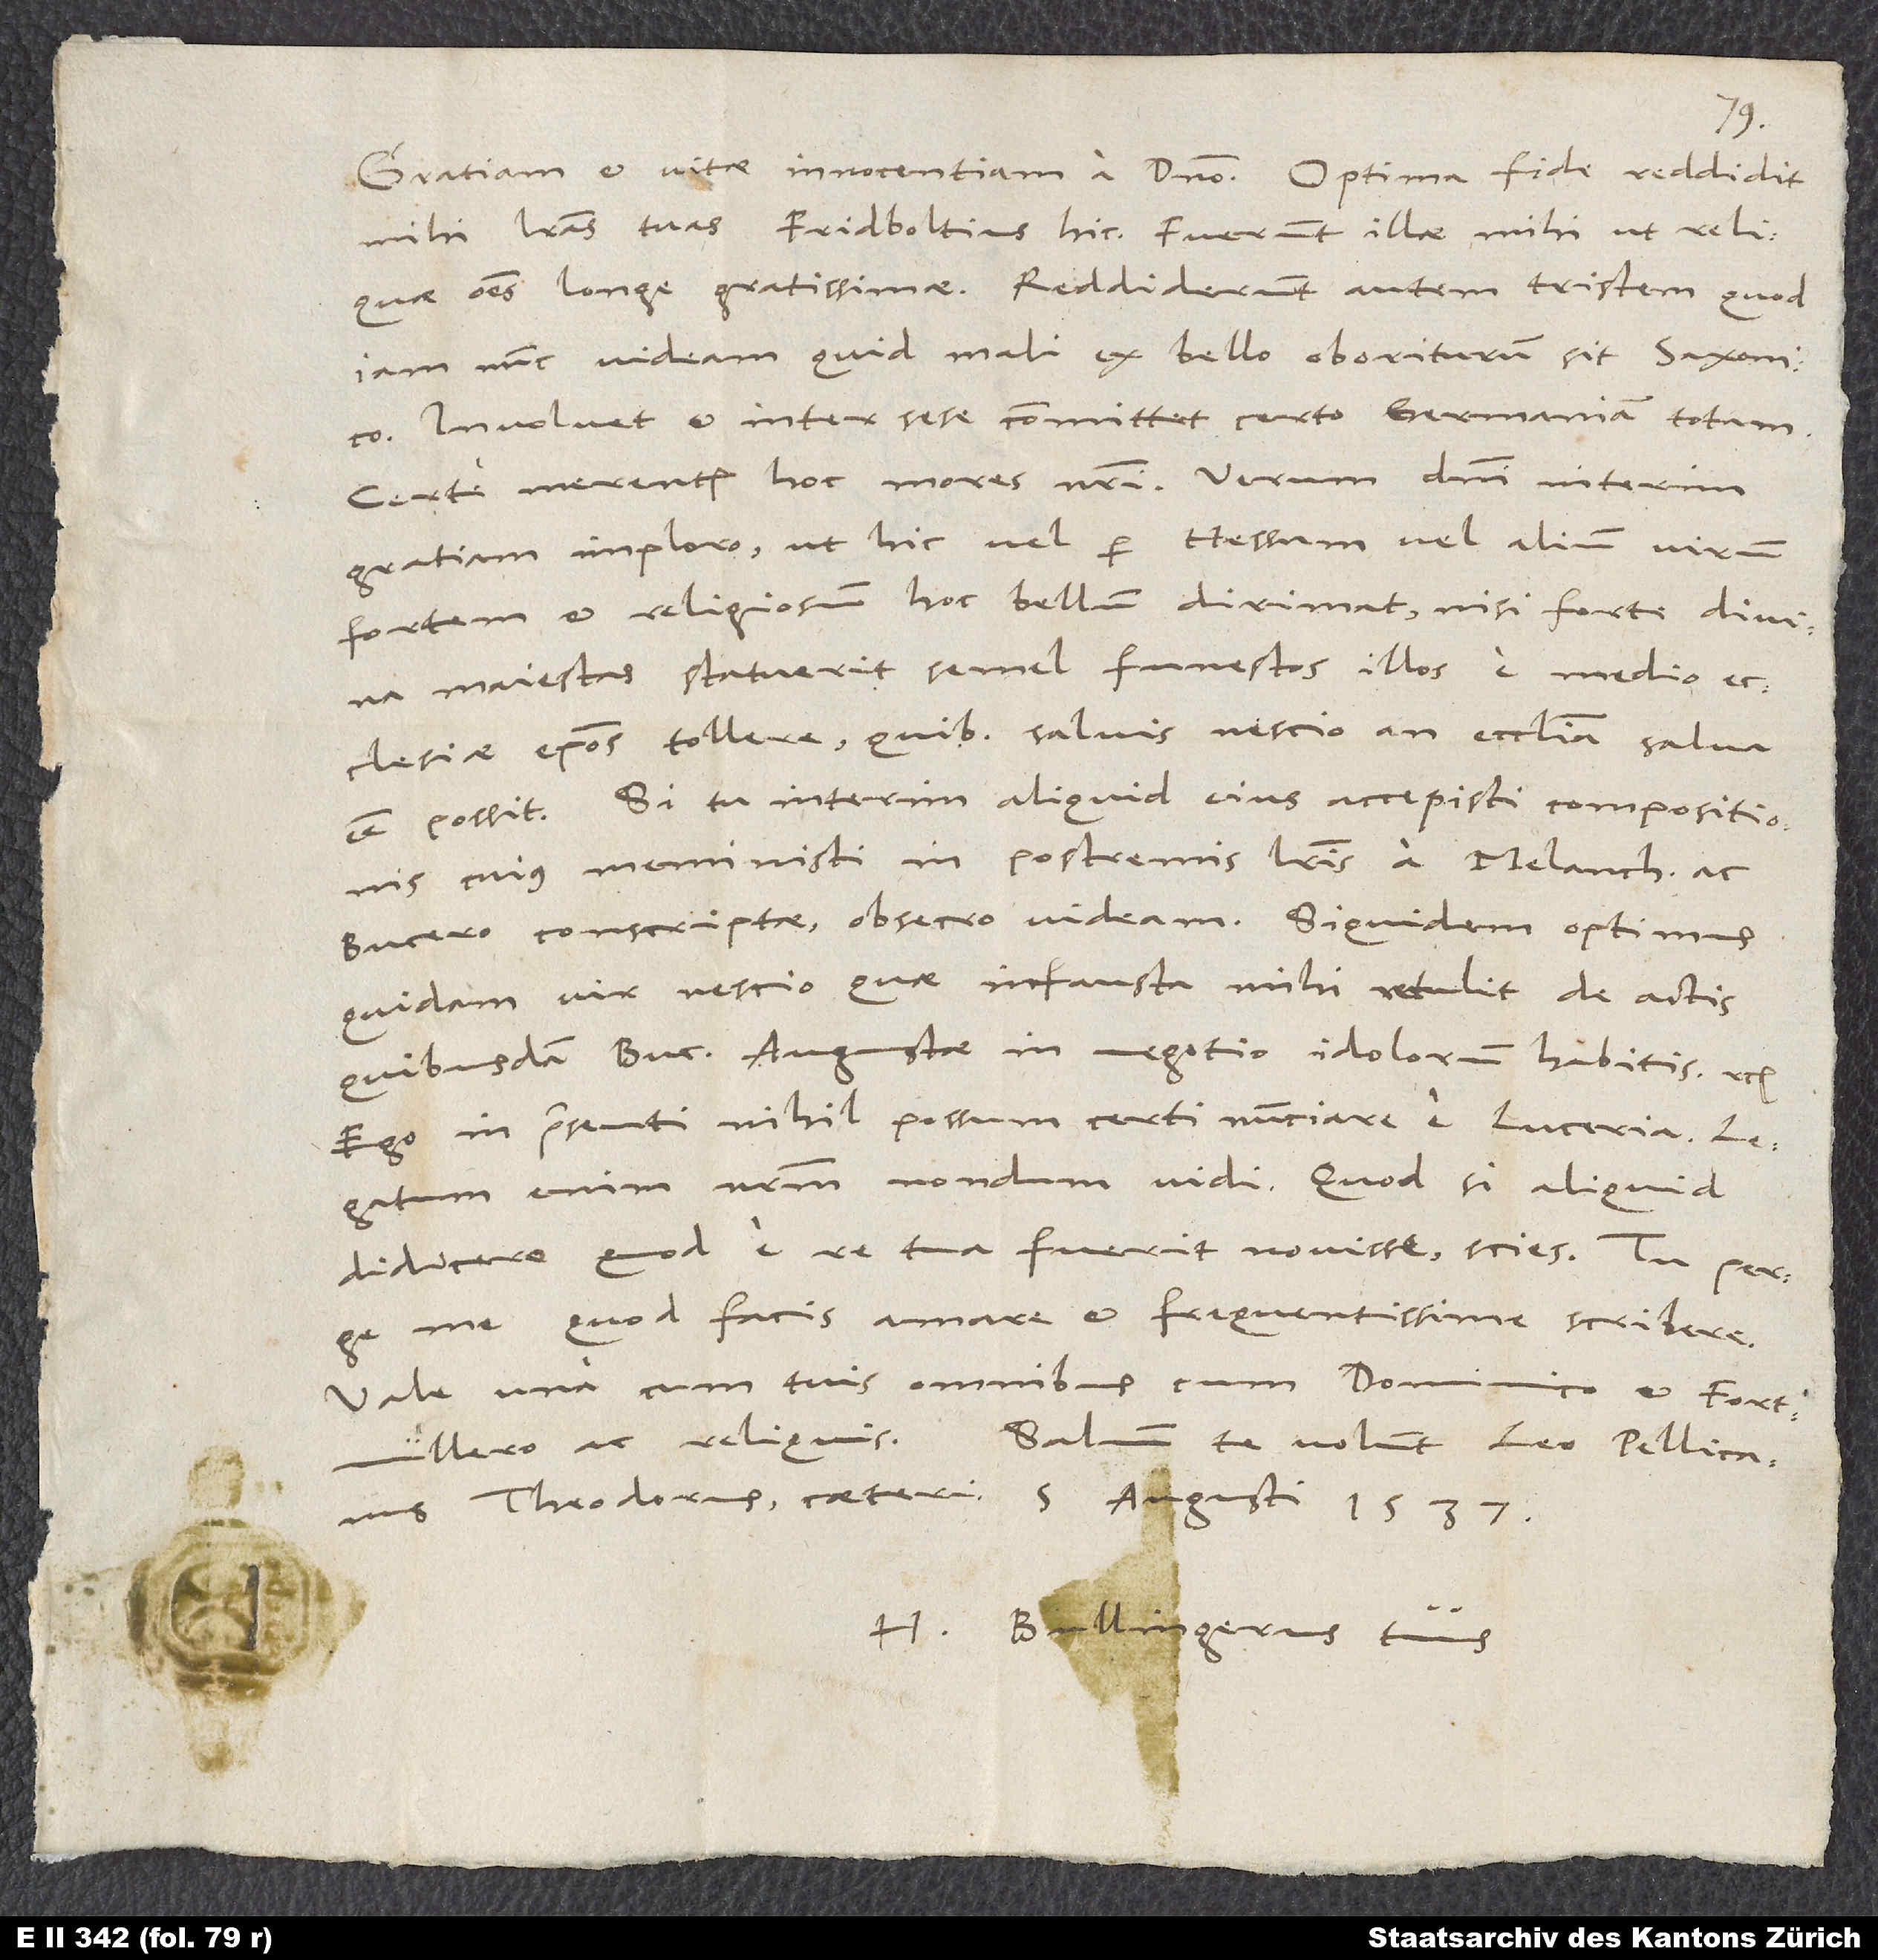
Gratiam et vitae innocentiam a domino. Optima fide reddidit
mihi literas tuas Fridboltius hic. Fuerunt illae mihi ut reliquae omnes
longe gratissimae; reddiderunt autem tristem, quod
iam nunc videam, quid mali ex bello oboriturum sit Saxonico.
Involvet et inter sese committet certo Germaniam totam.
Certe merentur hoc mores nostri. Verum domini interim
gratiam imploro, ut hic vel per Hessum vel alium virum
fortem et religiosum hoc bellum dirimat, nisi forte divina
Maiestas statuerit, semel funestos illos e medio
ecclesiae episcopos tollere, quibus salvis nescio an ecclesia salva
esse possit. Si tu interim aliquid eius accepisti compositionis,
cuius meministi in postremis literis, a Melanchthone ac
Bucero conscriptae, obsecro videam, siquidem optimus
quidam vir nescio quae infausta mihi retulit de actis
quibusdam Buceri Augustae in negotio idolorum habitis etc.
Ego in praesenti nihil possum certi nuntiare e Luceria; legatum
enim nostrum nondum vidi. Quodsi aliquid
didicero, quod e re tua fuerit novisse, scies. Tu perge,
me, quod facis, amare et frequentissime scribere.
Vale una cum tuis omnibus, cum Dominico et Fortmüllero
ac reliquis. Salvum te volunt Leo, Peliicanus,
Theodorus, ceteri. 5. Augusti 1537.
Bullingerus tuus.